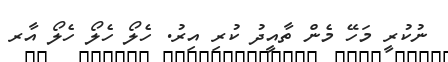
ނުކުރީ މަހޭ މެން ތާއީދު ކުރި އިރު. ހެލޯ ހެލޯ ހެލޯ އާރ